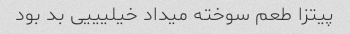
پیتزا طعم سوخته میداد خیلیییی بد بود